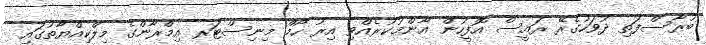
ބުރާސްފަތި ދުވަހުގެރޭ ރައީސް އޮފީހުން އާންމުކުރެއްވި އިރު ހޯމް މިނިސްޓަރ އިމްރާންގެ މިލްކިއްޔާތުގައި